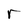
Character: r